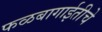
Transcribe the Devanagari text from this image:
फळबागाईतीचे